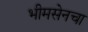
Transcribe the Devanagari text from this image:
भीमसेनचा